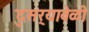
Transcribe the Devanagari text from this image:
दुसर्‍यावेळी